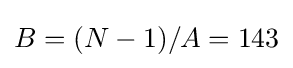
B=(N-1)/A=143